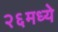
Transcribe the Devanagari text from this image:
२६मध्ये